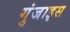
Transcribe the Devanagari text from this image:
गुंजाइस